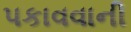
પકાવવાની